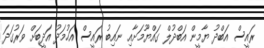
ރައީސް އަބްދު ޔާމީން އަބްދުލް ގައްޔޫމަށާއި ނައިބު ރައީސް އަހުމަދު އަދީބަށް ވަރުގަދަ